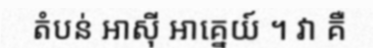
តំបន់ អាស៊ី អាគ្នេយ៍ ។ វា គឺ